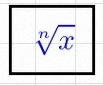
\sqrt[n]{x}